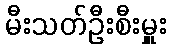
မီးသတ်ဦးစီးမှူး